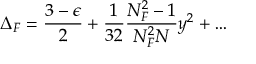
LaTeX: \Delta _ { F } = \frac { 3 - \epsilon } { 2 } + \frac { 1 } { 3 2 } \frac { N _ { F } ^ { 2 } - 1 } { N _ { F } ^ { 2 } N } y ^ { 2 } + \ldots